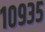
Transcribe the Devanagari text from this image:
१०९३५